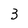
Character: 3